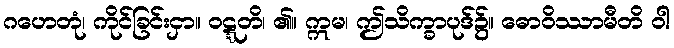
ဂဟေတုံ၊ ကိုင်ခြင်းငှာ။ ဝဋ္ဋတိ၊ ၏။ ဣမ၊ ဤသိက္ခာပုဒ်၌။ ဓောဝိဿာမီတိ ဝါ